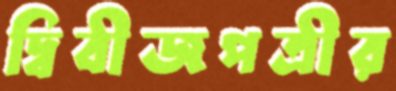
দ্বিবীজপত্রীর